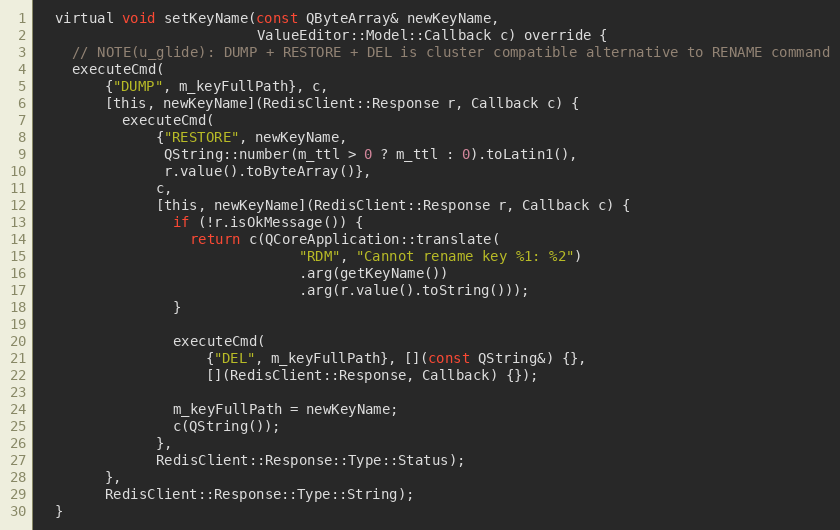
Language: C
  virtual void setKeyName(const QByteArray& newKeyName,
                          ValueEditor::Model::Callback c) override {
    // NOTE(u_glide): DUMP + RESTORE + DEL is cluster compatible alternative to RENAME command
    executeCmd(
        {"DUMP", m_keyFullPath}, c,
        [this, newKeyName](RedisClient::Response r, Callback c) {
          executeCmd(
              {"RESTORE", newKeyName,
               QString::number(m_ttl > 0 ? m_ttl : 0).toLatin1(),
               r.value().toByteArray()},
              c,
              [this, newKeyName](RedisClient::Response r, Callback c) {
                if (!r.isOkMessage()) {
                  return c(QCoreApplication::translate(
                               "RDM", "Cannot rename key %1: %2")
                               .arg(getKeyName())
                               .arg(r.value().toString()));
                }

                executeCmd(
                    {"DEL", m_keyFullPath}, [](const QString&) {},
                    [](RedisClient::Response, Callback) {});

                m_keyFullPath = newKeyName;
                c(QString());
              },
              RedisClient::Response::Type::Status);
        },
        RedisClient::Response::Type::String);
  }